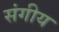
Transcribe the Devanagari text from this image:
संगीय